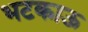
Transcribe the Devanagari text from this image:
भटकाऊ